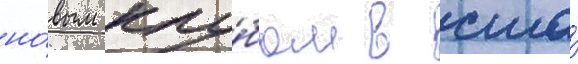
но́вым клу́бом в сша́